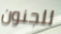
للجنون